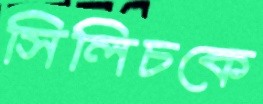
সিলিচকে